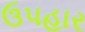
ઉ૫હાર